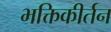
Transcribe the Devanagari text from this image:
भक्तिकीर्तन